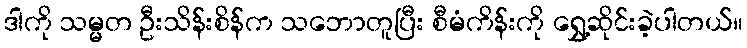
ဒါကို သမ္မတ ဦးသိန်းစိန်က သဘောတူပြီး စီမံကိန်းကို ရွှေ့ဆိုင်းခဲ့ပါတယ်။